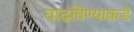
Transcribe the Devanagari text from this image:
वाढविण्याकडे